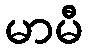
မာမီ